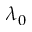
\lambda _ { 0 }